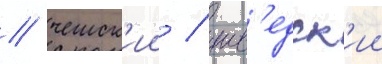
/ чешск'ии / шв'едск'ии